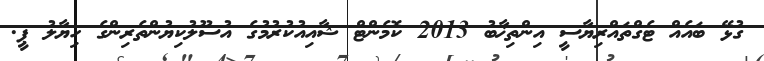
ގުޅޭ ބައެއް ޓެގްތައްރިޔާސީ އިންތިޚާބު 2013 ކޮމެންޓް ޝާއިއުކުރުމުގެ އުސޫލުކިޔުންތެރިންގެ ހިޔާލު ޕީ.